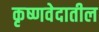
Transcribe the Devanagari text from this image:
कृष्णवेदातील